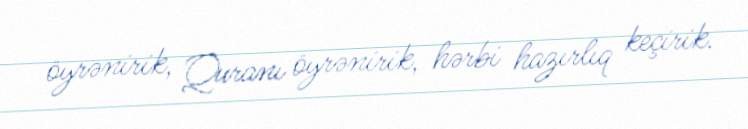
öyrənirik, Quranı öyrənirik, hərbi hazırlıq keçirik.